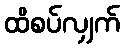
ထိစပ်လျှက်